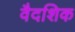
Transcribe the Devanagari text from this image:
वैदशिक